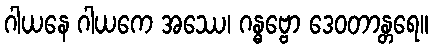
ဂါယနေ ဂါယကေ အဿေ၊ ဂန္ဓဗ္ဗော ဒေဝတာန္တရေ။